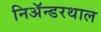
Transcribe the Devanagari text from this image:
निअॅन्डरथाल